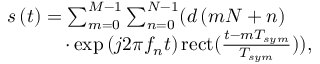
\begin{array} { r l } & { s \left( t \right) = \sum _ { m = 0 } ^ { M - 1 } { \sum _ { n = 0 } ^ { N - 1 } } { \Huge ( } { d \left( { m N + n } \right) } } \\ & { \quad \quad \quad \cdot \exp \left( { j 2 \pi { f _ { n } } t } \right) \mathrm { { r e c t } } ( { \frac { { t - m { T _ { s y m } } } } { { { T _ { s y m } } } } } ) { \Huge ) } , } \end{array}